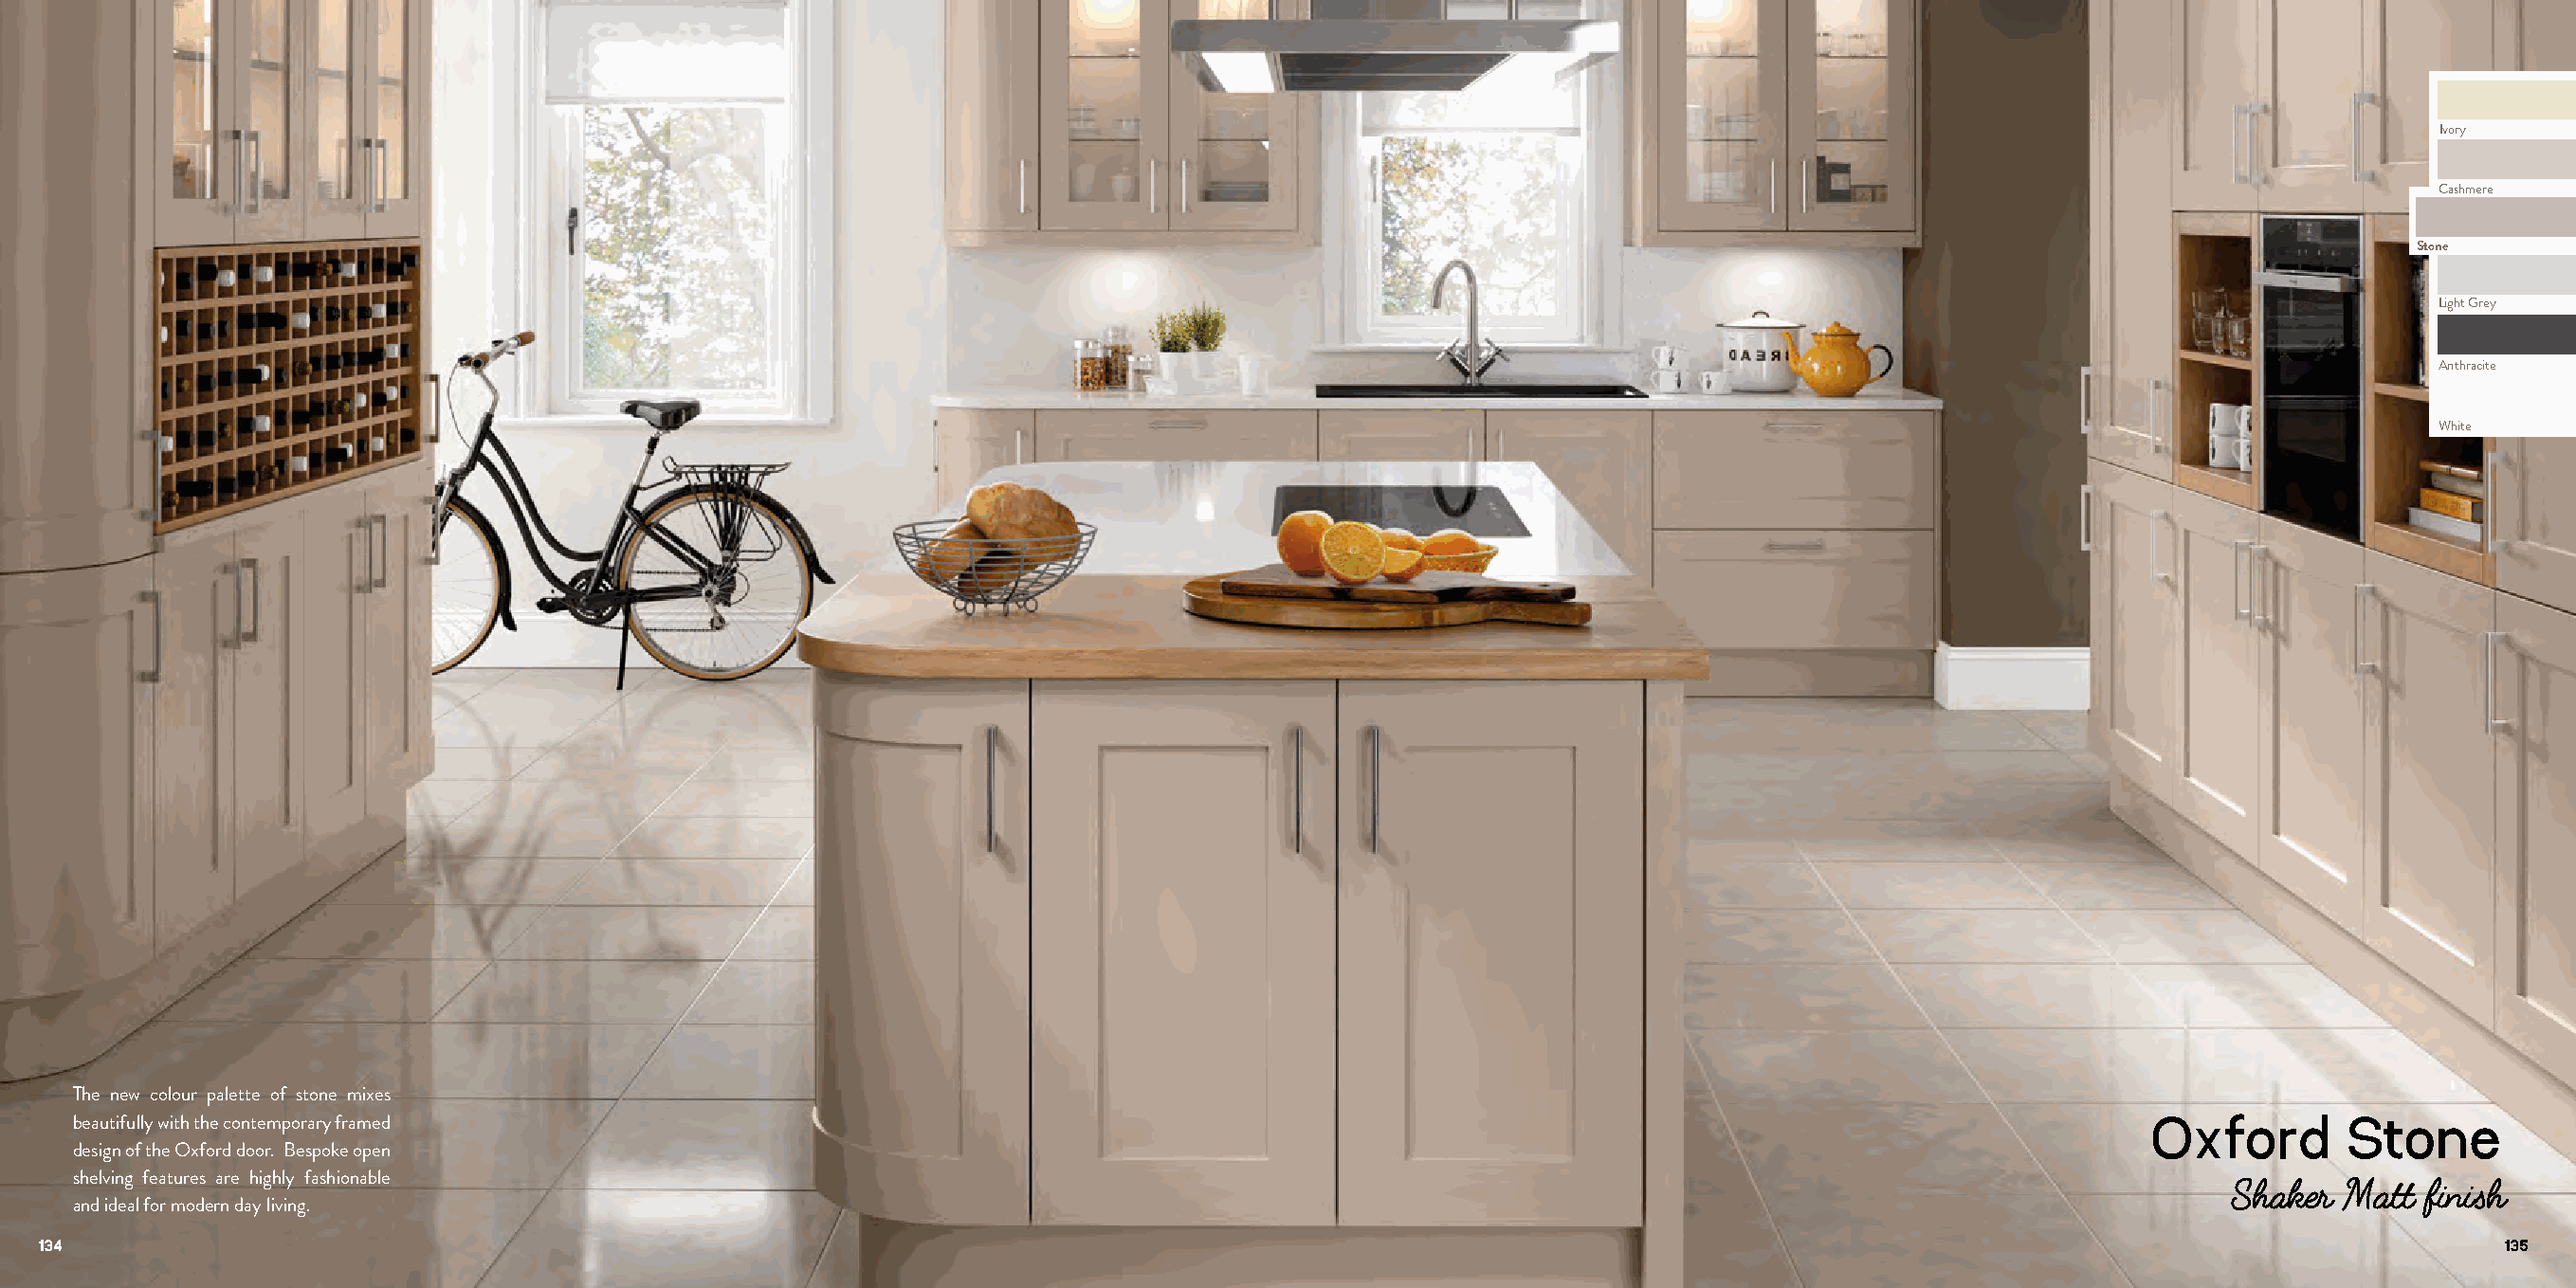
Ivory
 Cashmere
 Stone
 Light Grey
 Anthracite
 White
 The new colour palette of stone mixes
 beautifully with the contemporary framed                                                                                                         Oxford        Stone
 design of the Oxford door. Bespoke open
 shelving features are highly fashionable
 Shaker  Matt finish
 and ideal for modern day living.
 134                                                                                                                                                                         135